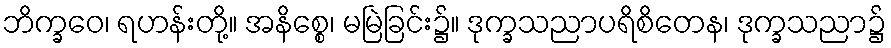
ဘိက္ခဝေ၊ ရဟန်းတို့။ အနိစ္စေ၊ မမြဲခြင်း၌။ ဒုက္ခသညာပရိစိတေန၊ ဒုက္ခသညာ၌